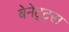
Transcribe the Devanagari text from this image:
बेनेट्ट्स